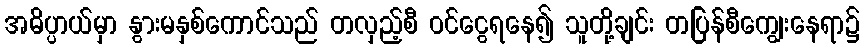
အဓိပ္ပာယ်မှာ နွားမနှစ်ကောင်သည် တလှည့်စီ ဝင်ငွေရနေ၍ သူတို့ချင်း တပြန်စီကျွေးနေရာ၌